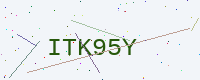
Text: ITK95Y